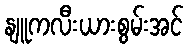
နျူကလီးယားစွမ်းအင်